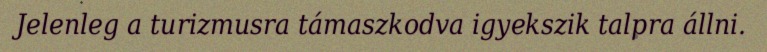
Jelenleg a turizmusra támaszkodva igyekszik talpra állni.